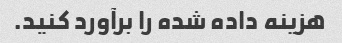
هزینه داده شده را برآورد کنید.